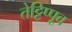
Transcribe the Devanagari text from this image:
तेट्टिप्पूव